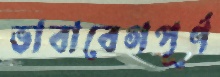
ভাবাবেগপূর্ণ